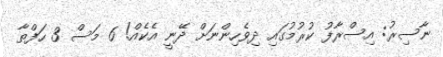
ނާސިރު: އިސްރާފު ކުރުމުގައި ދިވެހިންނަށް ދޭނީ އެކެއް! 6 މަސް 3 ހަފްތާ